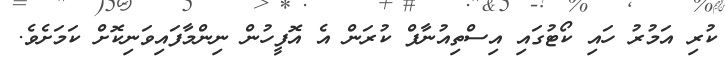
ކުރި އަމުރު ހައި ކޯޓުގައި އިސްތިއުނާފް ކުރަން އެ އޮފީހުން ނިންމާފައިވަނިކޮށް ކަމަށެވެ.